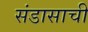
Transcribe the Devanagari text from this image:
संडासाची